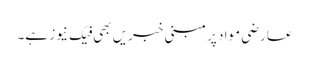
عارضی مواد پر مبنی خبریں بھی فیک نیوز ہے۔